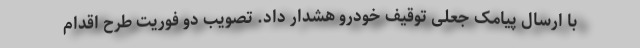
با ارسال پیامک جعلی توقیف خودرو هشدار داد. تصویب دو فوریت طرح اقدام